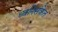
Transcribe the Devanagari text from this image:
ध्वनिसंकेत